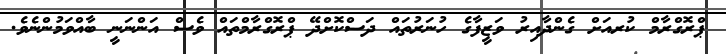
ޕްރޮގްރާމް ކުރއަށް ގެންދާއިރު ވަޒީފާގެ ހުނަރުތައް ދަސްކޮށްދޭ ޕްރޮގްރާމްތައް ވެސް އަންނަނީ ބާއްވަމުންނެވެ.